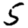
Digit: 5